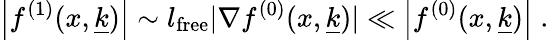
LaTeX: \left|f^{(1)}(x,\underline{{{k}}})\right|\sim l_{\mathrm{free}}|\nabla f^{(0)}(x,\underline{{{k}}})|\ll\left|f^{(0)}(x,\underline{{{k}}})\right|\; .